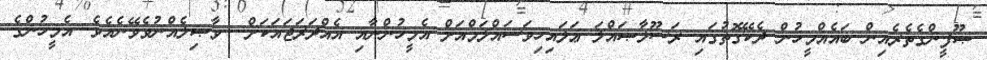
ޞޫފީންގެތެރެއިން ބައެއްމީހުން ދެކޭގޮތުގައި ރަސޫލާޞައްލަ ޢަލައިހިވަސައްލަމްއަށް އެމީހުންނާއި އެއްދަރަޖައަކަށް  ވާޞިލެއްނުވެވޭނެއެވެ. އެމީހުންގެ